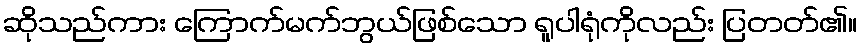
ဆိုသည်ကား ကြောက်မက်ဘွယ်ဖြစ်သော ရူပါရုံကိုလည်း ပြတတ်၏။